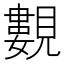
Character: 𧢃